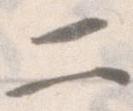
二